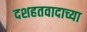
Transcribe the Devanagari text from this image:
दशहतवादाच्या